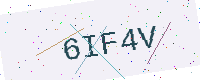
Text: 6IF4V